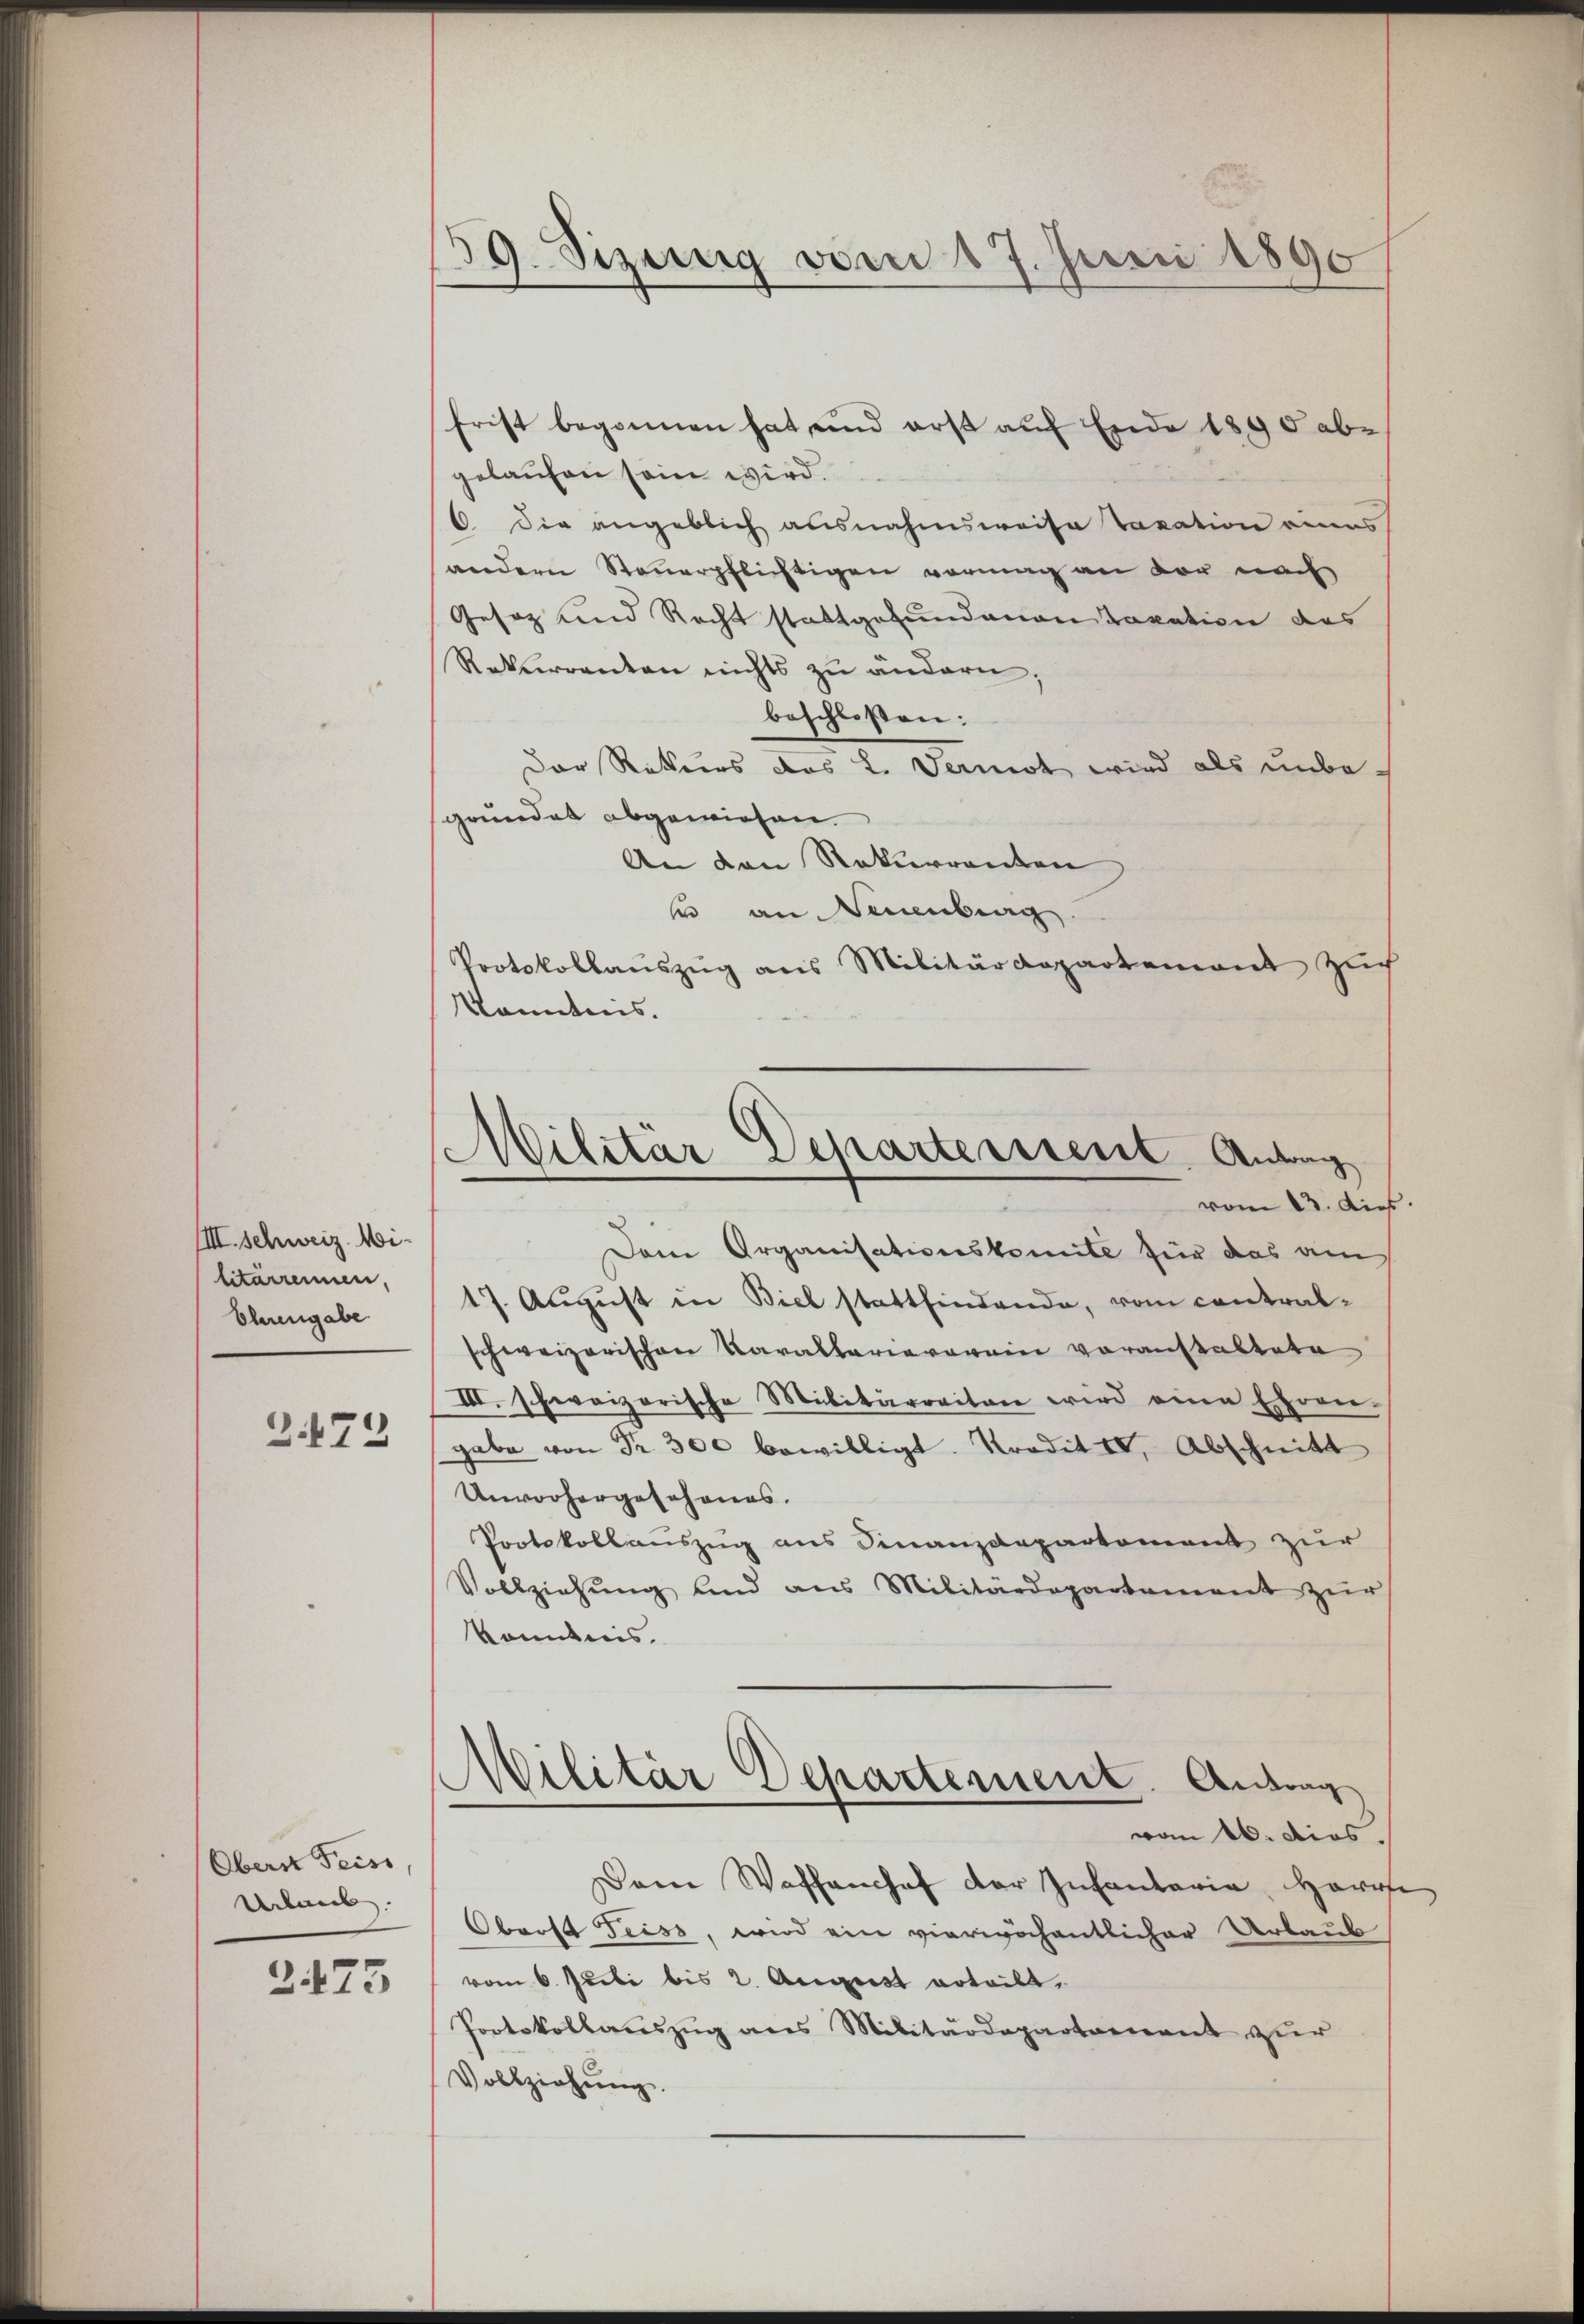
IIII. Schweiz. Militarrennen,
Ehrengabe
2.172

Obers Feiss,
Urlaub
2475

59. Sizung vom 17. Juni 1890
e

frist begonnen hat und erst auf Ende 1890 ab-
gelaufen sein wird.
6 die angeblich ausnahmsweise Taxation eines
andern Steuerpflichtigen vormag an der nach
Gesetz und Recht stattgefundenen Taxation des
Rekurrenten nichts zŭ andern.
beschloßen:
Der Rekurs das L. Vernot wird als unbegründet abgewiesen.
An den Rekurrenten
s an Neuenburg.
Protokollaŭszŭg ans Militärdepartement Zŭch
Kenntnis.
Dame Organisationskomite für das am
17. August in Biel stattfindende, vom contralschweizerischen Karallariaverein voranstaltete
III. schweizerische Militärraiten wird eine Ehren.
gabe von Fr. 300 bewilligt. Kredit II, Abschnitt
Unvorhergesehenes.
Protokollauszug aus Finanzdepartement zur
Vollziehŭng und aus Militärdepartament zŭr
konntnis.
Militär Departement. Antrag
vom 16. dies
Dam Waffenhof der Infantaria Herre
Oberst Feiss, wird ein vierwöchentlicher Urlaub
vom 6. Juli bis 2. August erteilt.
Protokollauszug aus Militärdepartement zur
Vollziehŭng.

Militär Departerssent. Antrag
vom 13. dies